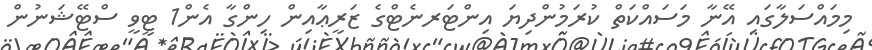
މިމައްސަލާގައި އޭނާ މަސައްކަތް ކުރަމުންދިޔަ އިންޓަރނެޓްގެ ޒަރީޢާއިން ހިންގާ އެން1 ޓީވީ ސްޓޭޝަނުން